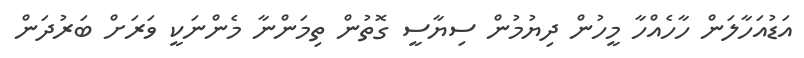
އަޑުއަހާލަން ހާހެއްހާ މީހުން ދިޔުމުން ސިޔާސީ ގޮތުން ތިމަންނާ މެންނަކީ ވަރަށް ބަރުދަން